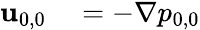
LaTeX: \begin{array}{rl}{\mathbf{u}_{0,0}}&{{}=-\nabla p_{0,0}}\end{array}